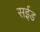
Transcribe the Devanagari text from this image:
सईड